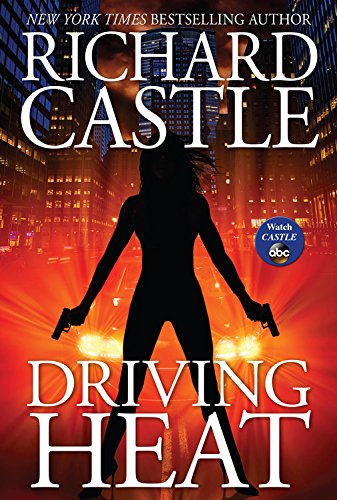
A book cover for Driving Heat (Nikki Heat); Richard Castle; Mystery, Thriller & Suspense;